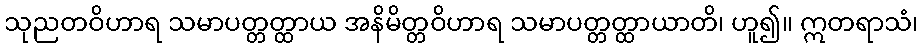
သုညတဝိဟာရ သမာပတ္တတ္ထာယ အနိမိတ္တဝိဟာရ သမာပတ္တတ္ထာယာတိ၊ ဟူ၍။ ဣတရာသံ၊